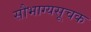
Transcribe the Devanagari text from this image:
सौभाग्यसूचक